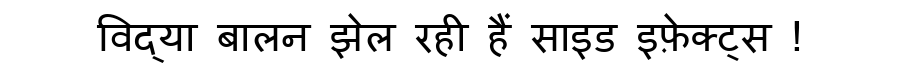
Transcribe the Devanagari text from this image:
विद्या बालन झेल रही हैं साइड इफ़ेक्ट्स !